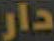
دار